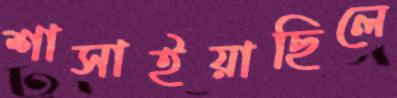
শাসাইয়াছিলে